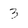
Character: 3